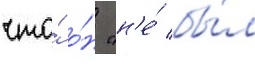
что́ о́н "н'е́ бы́л